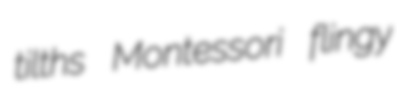
tilths Montessori flingy